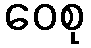
ဝေစု